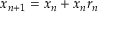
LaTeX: x _ { n + 1 } = x _ { n } + x _ { n } r _ { n }